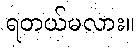
ရတယ်မလား။